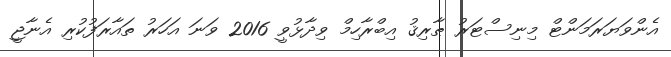
އެންވަޔަރަމަންޓް މިނިސްޓަރު ޠާރިޤު އިބްރާހިމް ވިދާޅުވީ 2016 ވަނަ އަހަރު ތައާރަފުކުރި އެނާޖީ